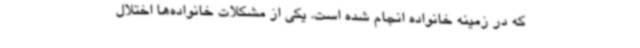
که در زمینه خانواده انجام شده است. یکی از مشکلات خانواده‌ها اختلال